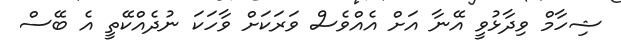
ޝިހާމް ވިދާޅުވީ އޭނާ އަށް އެއްވެސް ވަރަކަށް ވާހަކަ ނުދެއްކޭތީ އެ ބޭސް